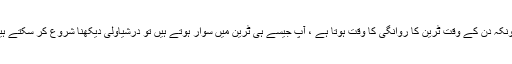
چونکہ دن کے وقت ٹرین کا روانگی کا وقت ہوتا ہے ، آپ جیسے ہی ٹرین میں سوار ہوتے ہیں تو درشیاولی دیکھنا شروع کر سکتے ہیں۔